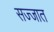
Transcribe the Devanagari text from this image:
सज्जात